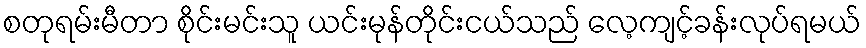
စတုရမ်းမီတာ စိုင်းမင်းသူ ယင်းမုန်တိုင်းငယ်သည် လေ့ကျင့်ခန်းလုပ်ရမယ်